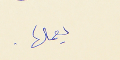
يعملها .